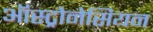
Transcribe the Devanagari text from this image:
ऑस्ट्रोनेसियन